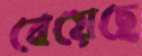
বেয়েছে